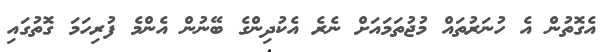
އެގޮތުން އެ ހުނަރުތައް މުޖުތަމައަށް ނެރެ އެކުދިންގެ ބޭނުން އެންމެ ފުރިހަމަ ގޮތުގައި